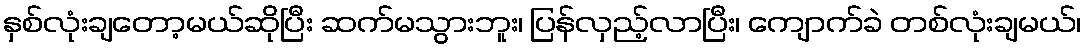
နှစ်လုံးချတော့မယ်ဆိုပြီး ဆက်မသွားဘူး၊ ပြန်လှည့်လာပြီး၊ ကျောက်ခဲ တစ်လုံးချမယ်၊